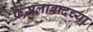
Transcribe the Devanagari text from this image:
फैसलाबादच्या